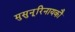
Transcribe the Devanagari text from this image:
मुसुनूरिनायकौ